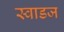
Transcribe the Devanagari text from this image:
स्वाडज